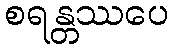
စရန္တဿပေ